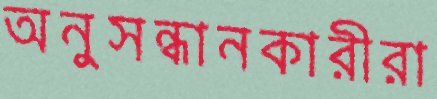
অনুসন্ধানকারীরা